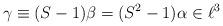
LaTeX: \begin{align*} \gamma \equiv (S-1)\beta = (S^2-1)\alpha \in \ell^3\end{align*}